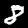
Label: 8